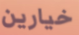
خيارين